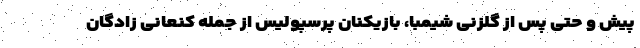
پیش و حتی پس از گلزنی شیمبا، بازیکنان پرسپولیس از جمله کنعانی زادگان